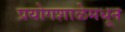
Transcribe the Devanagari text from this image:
प्रयोगशाळेमधून